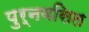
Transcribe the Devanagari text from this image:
पुर्नवसित